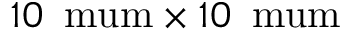
1 0 \, \mathrm { \ m u m } \times 1 0 \, \mathrm { \ m u m }